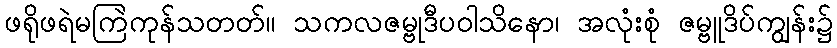
ဖရိုဖရဲမကြဲကုန်သတတ်။ သကလဇမ္ဗုဒီပဝါသိနော၊ အလုံးစုံ ဇမ္ဗူဒိပ်ကျွန်း၌